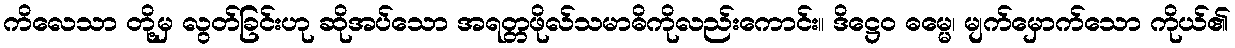
ကိလေသာ တို့မှ လွတ်ခြင်းဟု ဆိုအပ်သော အရတ္တဖိုလ်သမာဓိကိုလည်းကောင်း။ ဒိဋ္ဌေဝ ဓမ္မေ၊ မျက်မှောက်သော ကိုယ်၏